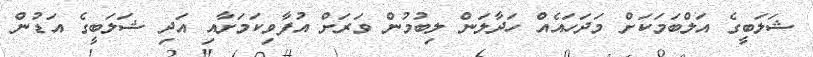
ޝަލަބީގެ އަލްބަމަކަށް މަދަހައެއް ހަދާލަން ލިބުމުން ވަރަށް އުފާވިކަމަށާއި އަދި ޝަލަބީގެ އަޑުން